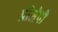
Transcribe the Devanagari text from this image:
प्रीसेपी